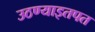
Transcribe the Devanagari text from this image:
उठण्याइतपत